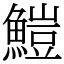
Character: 䱺